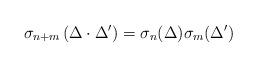
LaTeX: \begin{align*}\sigma_{n+m}\left(\Delta\cdot \Delta'\right) = \sigma_n(\Delta)\sigma_m(\Delta')\end{align*}